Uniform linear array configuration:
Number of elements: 48
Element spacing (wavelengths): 1
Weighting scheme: hamming
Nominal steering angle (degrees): -45
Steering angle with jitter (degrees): -44.137
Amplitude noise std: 0.05
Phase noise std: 0.05

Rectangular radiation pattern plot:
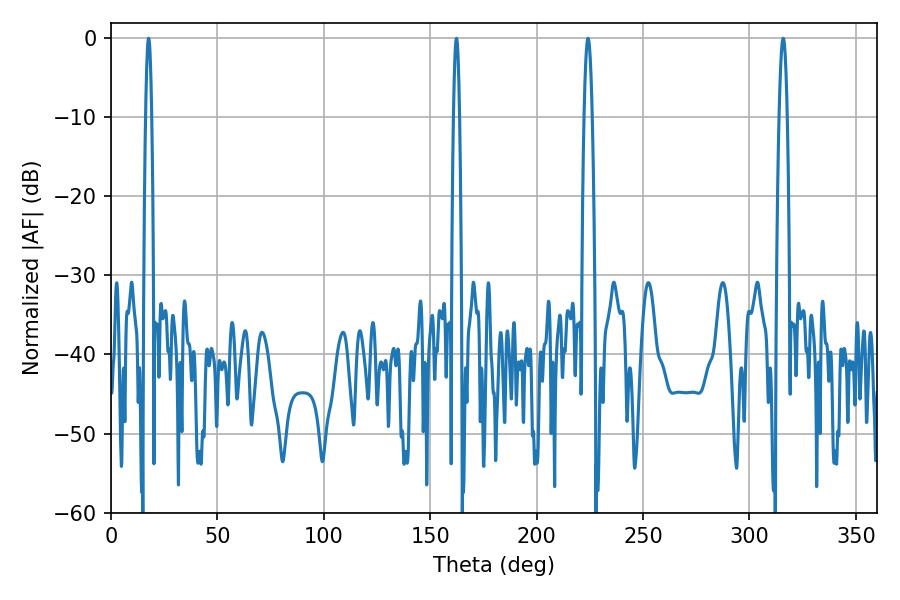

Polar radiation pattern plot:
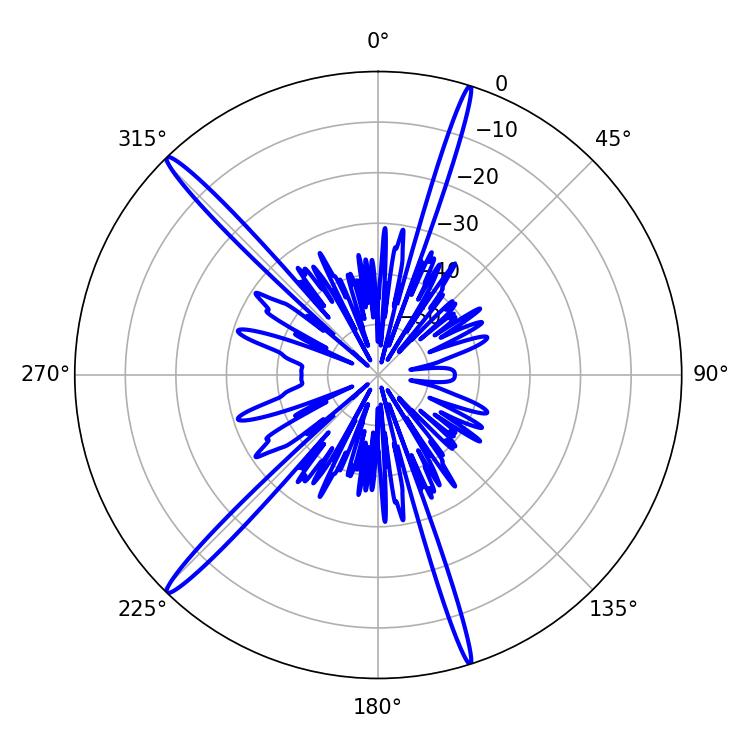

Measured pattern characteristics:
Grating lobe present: TRUE
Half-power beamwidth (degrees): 1.44
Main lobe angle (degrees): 162.36